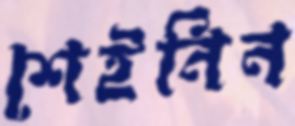
শেইনিন